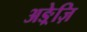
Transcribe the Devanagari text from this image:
अङ्रेज़ि